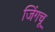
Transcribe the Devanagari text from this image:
जिंगचू